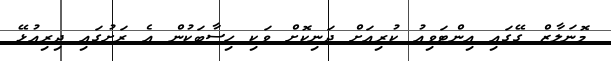
މޮނަލާޒް ގޭގައި އިންޓަވިއު ކުރިއަށް ދަނިކޮށް ވަކި ހިސާބަކުން އެ ރަށުގައި ދިރިއުޅޭ